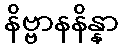
နိဗ္ဗာနနိန္နာ